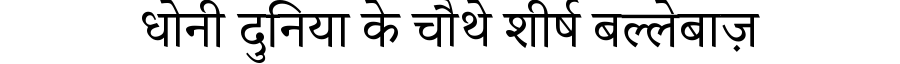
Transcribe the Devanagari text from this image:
धोनी दुनिया के चौथे शीर्ष बल्लेबाज़